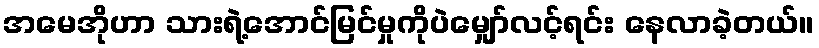
အမေအိုဟာ သားရဲ့အောင်မြင်မှုကိုပဲမျှော်လင့်ရင်း နေလာခဲ့တယ်။